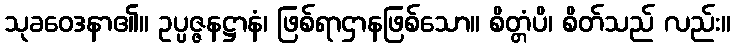
သုခဝေဒနာ၏။ ဥပ္ပဇ္ဇနဋ္ဌာနံ၊ ဖြစ်ရာဌာနဖြစ်သော။ စိတ္တံပိ၊ စိတ်သည် လည်း။